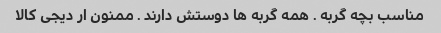
مناسب بچه گربه . همه گربه ها دوستش دارند . ممنون ار دیجی کالا